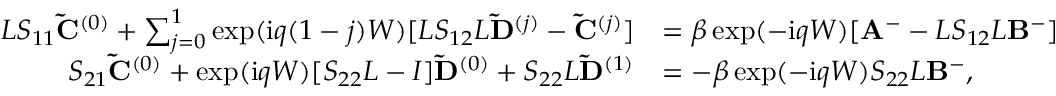
\begin{array} { r l } { L S _ { 1 1 } \mathbf { \tilde { C } } ^ { ( 0 ) } + \sum _ { j = 0 } ^ { 1 } \exp ( \mathrm { i } q ( 1 - j ) W ) [ L S _ { 1 2 } L \mathbf { \tilde { D } } ^ { ( j ) } - \mathbf { \tilde { C } } ^ { ( j ) } ] } & { = \beta \exp ( - \mathrm { i } q W ) [ \mathbf { A } ^ { - } - L S _ { 1 2 } L \mathbf { B } ^ { - } ] } \\ { S _ { 2 1 } \mathbf { \tilde { C } } ^ { ( 0 ) } + \exp ( \mathrm { i } q W ) [ S _ { 2 2 } L - I ] \mathbf { \tilde { D } } ^ { ( 0 ) } + S _ { 2 2 } L \mathbf { \tilde { D } } ^ { ( 1 ) } } & { = - \beta \exp ( - \mathrm { i } q W ) S _ { 2 2 } L \mathbf { B } ^ { - } , } \end{array}